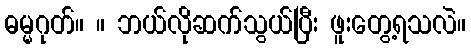
ဓမ္မဂုတ်။ ။ ဘယ်လိုဆက်သွယ်ပြီး ဖူးတွေ့ရသလဲ။